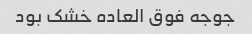
جوجه فوق العاده خشک بود